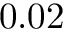
0 . 0 2